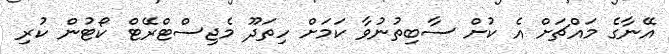
އޭނާގެ މައްޗަށް އެ ކުށް ސާބިތުނުވާ ކަމަށް ހިތަދޫ މެޖިސްޓްރޭޓް ކޯޓުން ކުރި